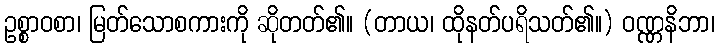
ဥစ္စာဝစာ၊ မြတ်သောစကားကို ဆိုတတ်၏။ (တာယ၊ ထိုနတ်ပရိသတ်၏။) ဝဏ္ဏနိဘာ၊